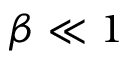
\beta \ll 1